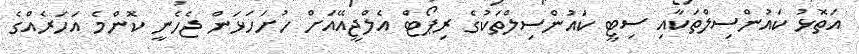
އަތޮޅު ކައުންސިލްތަކާއި ސިޓީ ކައުންސިލްތަކުގެ ރިޕޯޓް އެލްޖީއޭއަށް ހުށަހަޅަން ޖެހެނީ ކޮންމެ އަހަރެއްގެ